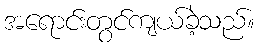
အရောင်းတွင်ကျယ်ခဲ့သည်။